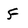
Character: f